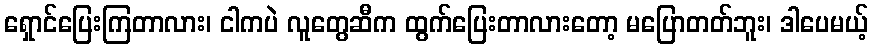
ရှောင်ပြေးကြတာလား၊ ငါကပဲ လူတွေဆီက ထွက်ပြေးတာလားတော့ မပြောတတ်ဘူး၊ ဒါပေမယ့်